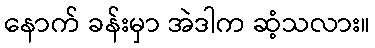
နောက် ခန်းမှာ အဲဒါက ဆံ့သလား။